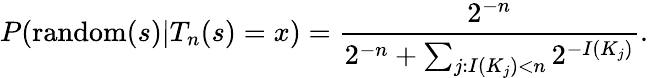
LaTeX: P(\operatorname{random}(s)|T_{n}(s)=x)={\frac{2^{-n}}{2^{-n}+\sum_{j:I(K_{j})<n}2^{-I(K_{j})}}}.